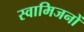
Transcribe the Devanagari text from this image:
स्वामिजनों